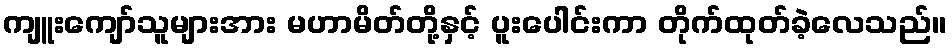
ကျူးကျော်သူများအား မဟာမိတ်တို့နှင့် ပူးပေါင်းကာ တိုက်ထုတ်ခဲ့လေသည်။